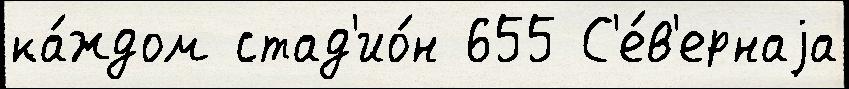
ка́ждом стад'ио́н 655 С'е́в'ернаjа